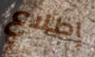
إطلاع